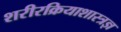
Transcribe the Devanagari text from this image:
शरीरक्रियाशास्त्रज्ञ